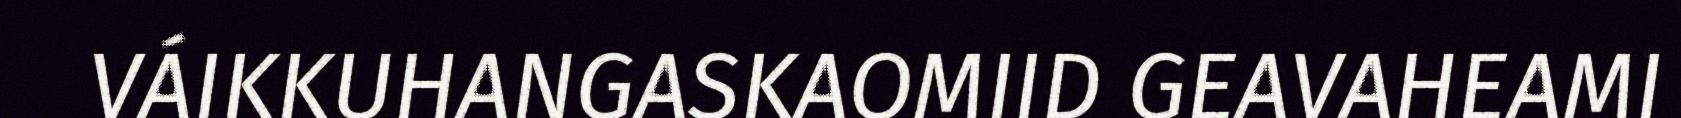
VÁIKKUHANGASKAOMIID GEAVAHEAMI